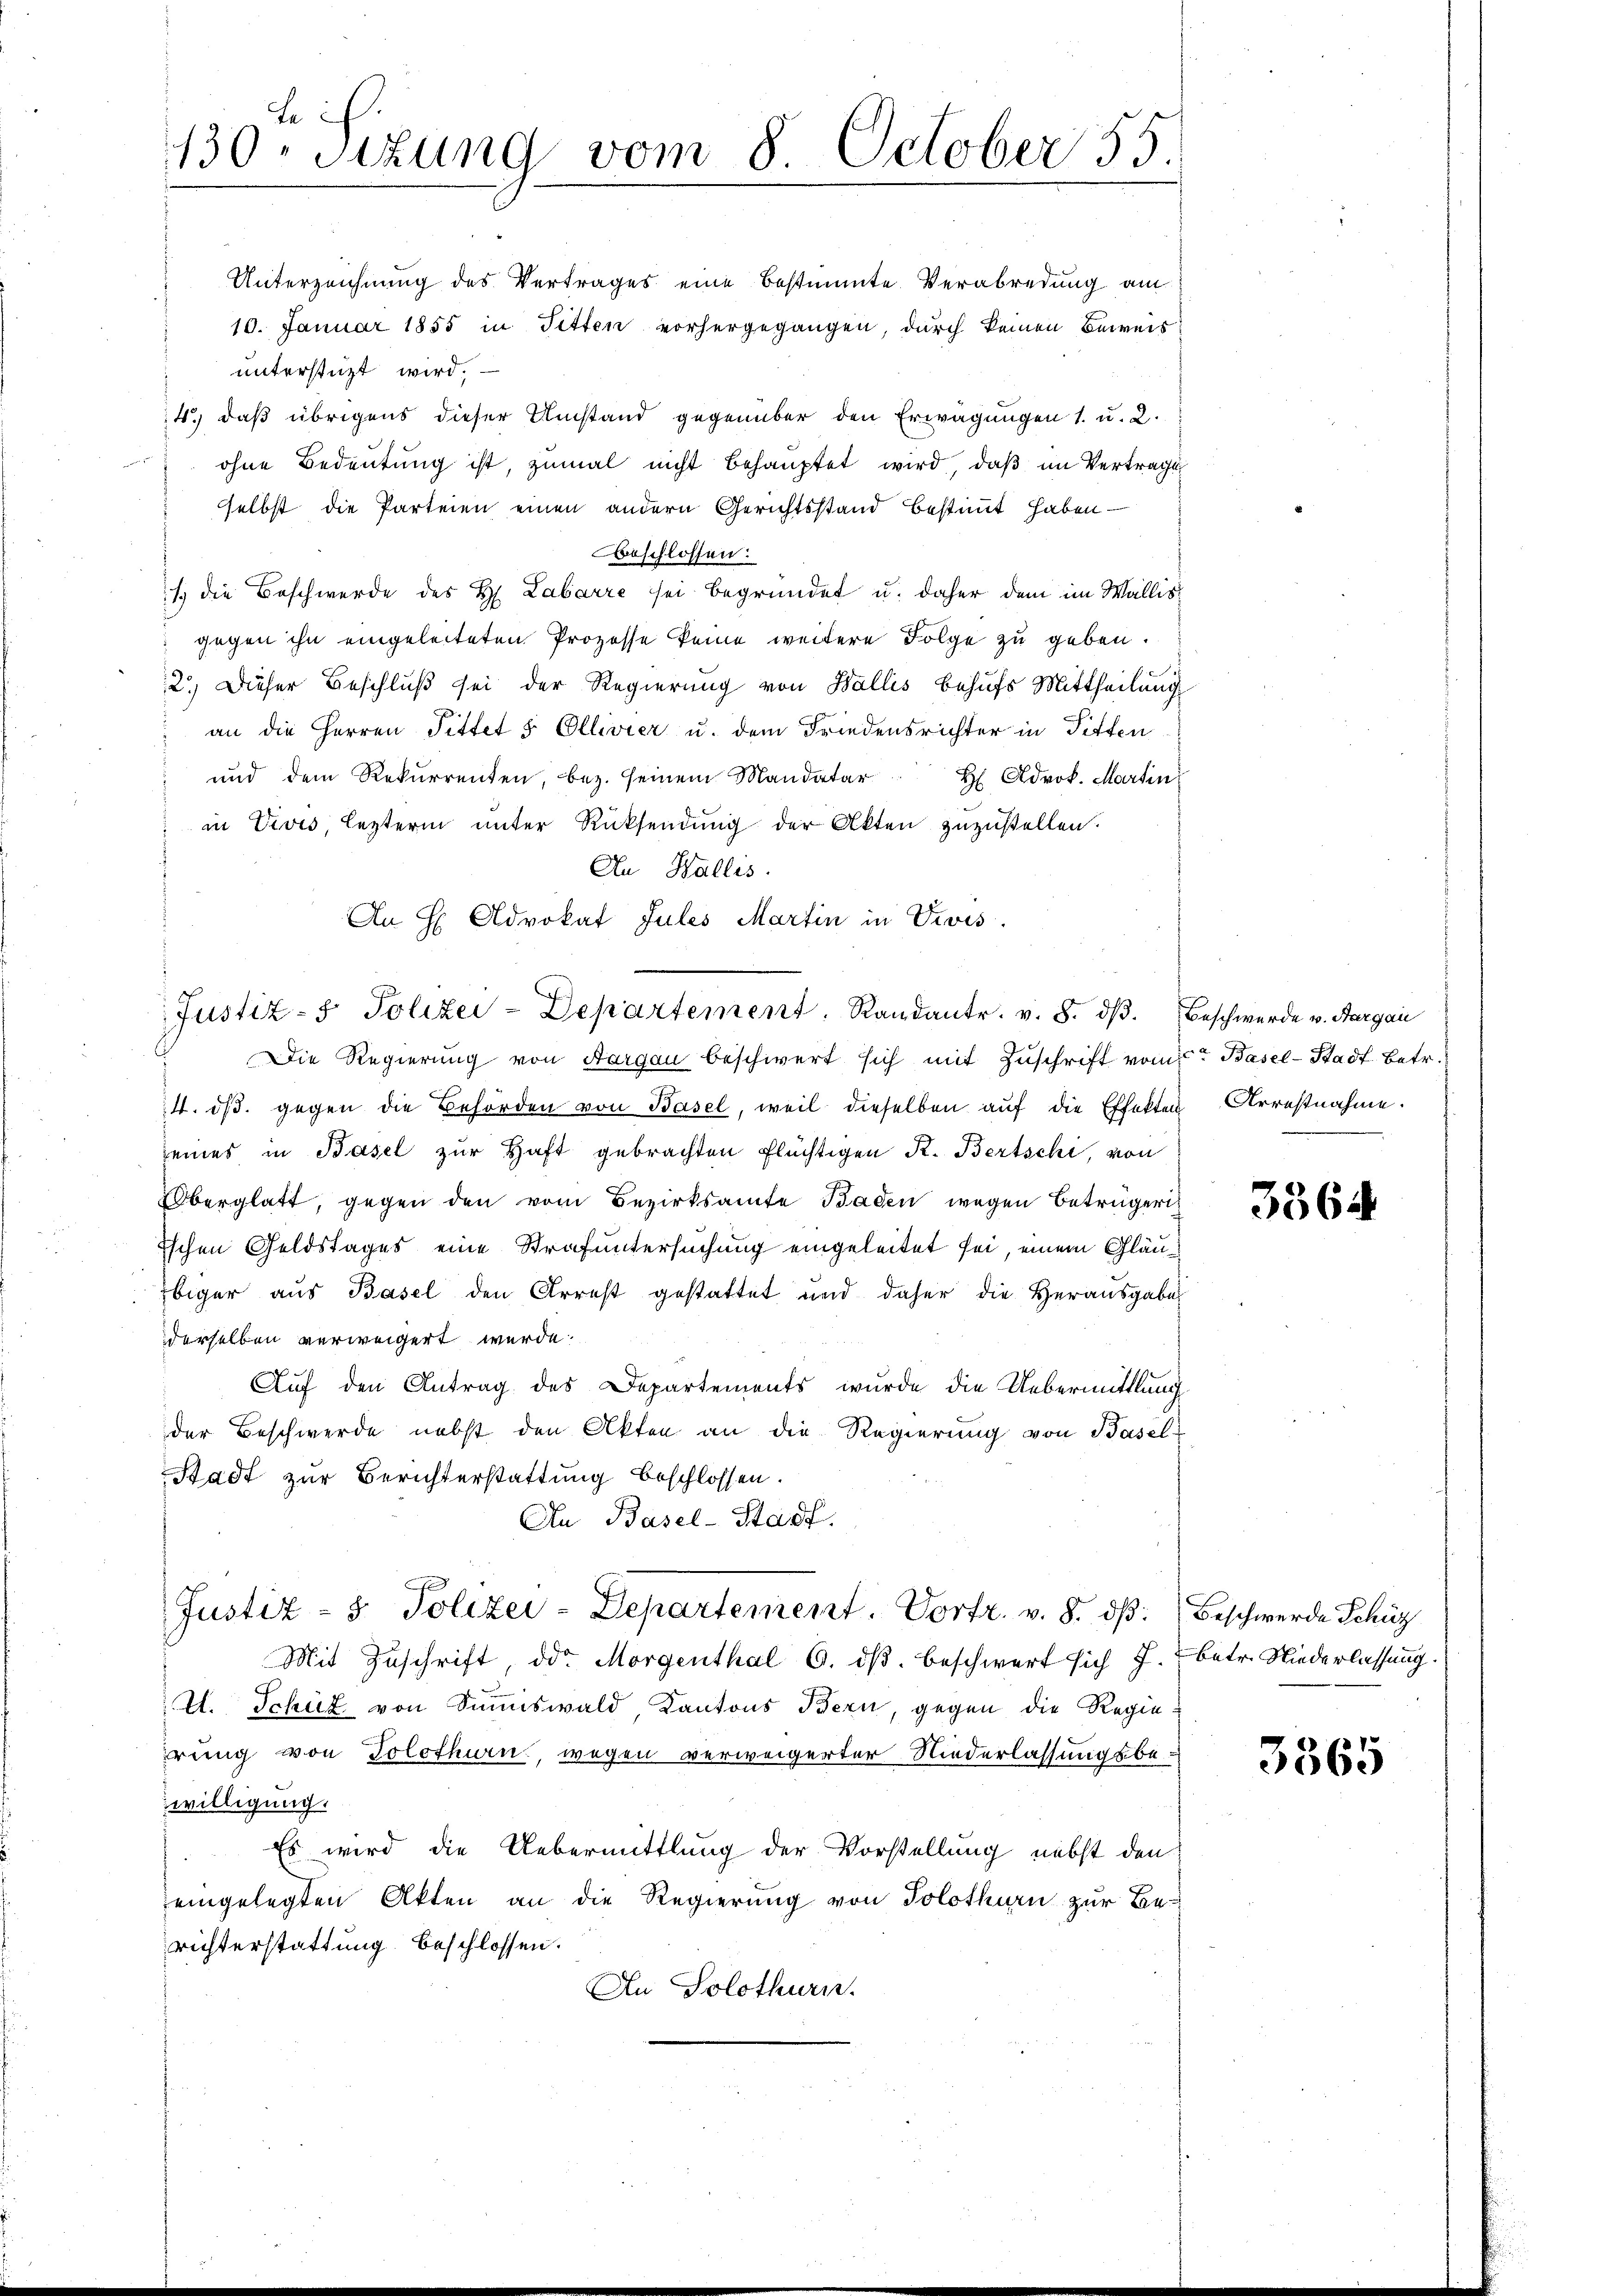
e i
130. Sitzung vom 8. October 55
.

Unterzeichnung des Vertrages eine bestimmte Verabredung am
10. Januar 1855 in Fetten vorhergegangen, durch keinen Beweis
unterstüzt wird.
4.) daß übrigens dieser Umstand gegenüber den Erwägungen 1. u. 2.
ohne Bedeutung ist, zumal nicht behauptet wird, daß im Vertrage
selbst die Parteien einen andern Gerichtsstand bestimmt haben —
Beschlossen:
/ die Beschwerde des H. Labarre sei begründet u. daher dem im Wallisgegen ihn eingeleiteten Prozesse keine weitere Folge zu geben.
2.) Dieser Beschluß sei der Regierung von Wallis behufs Mittheilung
an die Herren Tittet 5 Ellivier u. dem Friedensrichter in Pitten
und dem Rekurrenten, bez. seinem Mandatar
H Advok. Martin
in Veves, lezterm unter Rücksendung der Akten zuzustellen.
An Wallis.
An H Advokat Jules Martin in Vivis.
Die Regierung von Aargau beschwert sich mit Zuschrift vom Basel-Stadt. Betr
4. dβ. gegen die Behörden von Basel, weil dieselben auf die Effekten Arrestnahme.
seines in Basel zur Haft gebrachten Flüchtigen K. Bertschi, von
Überglatt, gegen den vom Bezirksamte Baden wegen Betrügeri¬
Ischen Geldstages eine Strafuntersuchung eingeleitet sei, einem Gläubiger aus Basel den Arrest gestattet und daher die Herausgabe
derselben verweigert werde.
Auf den Antrag des Departements wurde die Uebermittlung
der Beschwerde nebst den Akten an die Regierung von Basel-
Stadt zur Berichterstattung beschlossen.
An Basel-Stadt.
Justiz- & Polizei-Departement. Vortr. v. 8. dß:
Mit Zuschrift, der Morgenthal 6. dβ beschwert sich 7.
V. Schüz von Summiswald, Kantons Bern, gegen die Regie
rung von Solothurn, wegen verweigerter Niederlassungsbewilligung.
Es wird die Uebermittlung der Vorstellung nebst den
eingelegten Akten an die Regierung von Solothurn zur Be-
richterstattung beschlossen.
An Solothurn.

Justiz- & Polizei-Departement. Randantr. v. 8. dβ. Beschwerde v. Aargau

3364

Beschwerde Schüz
betr. Niederlassung.

3365